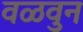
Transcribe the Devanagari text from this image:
वळवुन